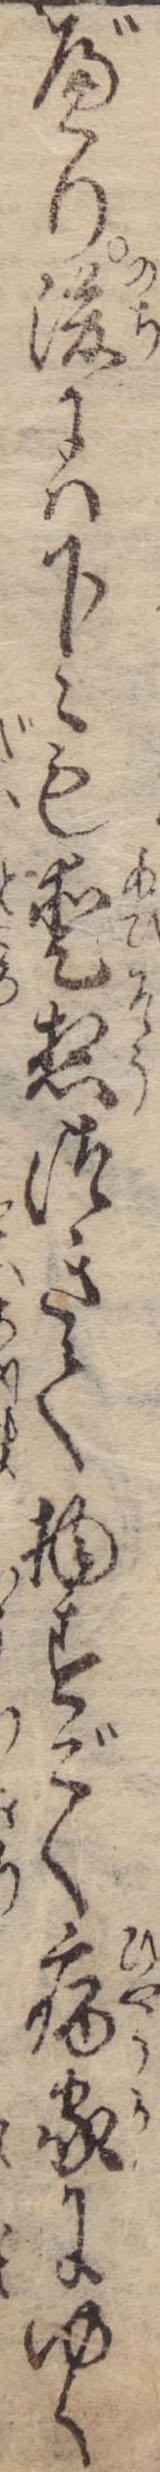
べり後には下々も愛想つきて物すごく病家にゆく